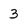
Character: 3